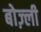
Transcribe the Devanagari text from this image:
बोज़्ली